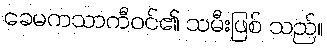
ခေမကသာကီဝင်၏ သမီးဖြစ် သည်။